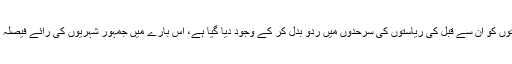
خود قومی ریاستوں کو ان سے قبل کی ریاستوں کی سرحدوں میں ردو بدل کر کے وجود دیا گیا ہے، اس بارے میں جمہور شہریوں کی رائے فیصلہ کن ہونی چاہیے۔